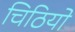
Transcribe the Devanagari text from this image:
चिठियो